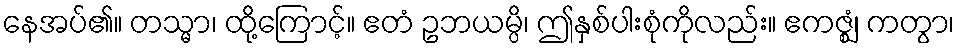
နေအပ်၏။ တသ္မာ၊ ထို့ကြောင့်။ ဧတံ ဥဘယမ္ပိ၊ ဤနှစ်ပါးစုံကိုလည်း။ ဧကဇ္ဈံ၊ ကတွာ၊